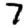
Digit: 7